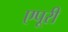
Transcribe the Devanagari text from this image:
एपूरी